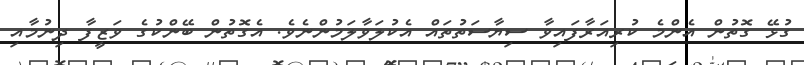
ގުޅޭ ގޮތުން އެންމެ ކުރިއަރާފައިވާ ސިޔާސަތުތައް އެކުލަވާލަމުންނެވެ. އެގޮތުން ބޭންކުގެ ވަޒީފާ ދިނުމާއި